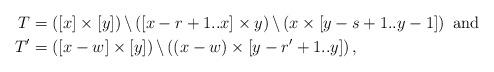
LaTeX: \begin{align*} T&=\left([x]\times [y]\right) \backslash \left( [x-r+1..x] \times y \right) \backslash \left( x \times [y-s+1..y-1] \right) \mbox{ and}\\ T'&=\left([x-w]\times [y]\right) \backslash \left( (x-w) \times [y-r'+1..y] \right) , \end{align*}